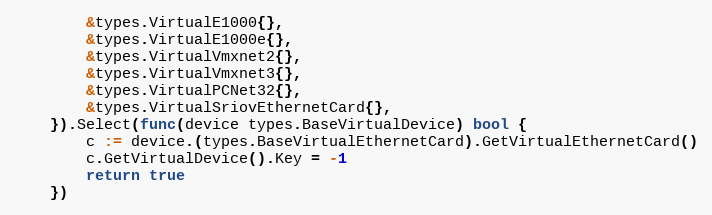
Language: Go
		&types.VirtualE1000{},
		&types.VirtualE1000e{},
		&types.VirtualVmxnet2{},
		&types.VirtualVmxnet3{},
		&types.VirtualPCNet32{},
		&types.VirtualSriovEthernetCard{},
	}).Select(func(device types.BaseVirtualDevice) bool {
		c := device.(types.BaseVirtualEthernetCard).GetVirtualEthernetCard()
		c.GetVirtualDevice().Key = -1
		return true
	})